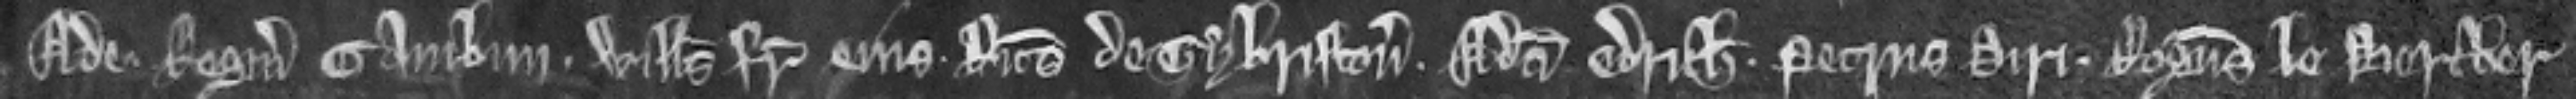
Ade. Reginaldus Cambun. Willelmus frater eius. Ricardus de Tybriston. Adam Edrich. Petrus Diri. Rogerus le Bercher